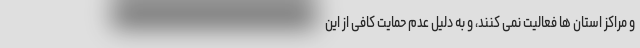
و مراکز استان ها فعالیت نمی کنند، و به دلیل عدم حمایت کافی از این